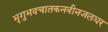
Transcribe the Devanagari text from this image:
भृगुभवचातकनवीनजलधर